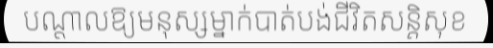
បណ្តាលឱ្យមនុស្សម្នាក់បាត់បង់ជីវិតសន្តិសុខ